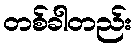
တစ်ခါတည်း